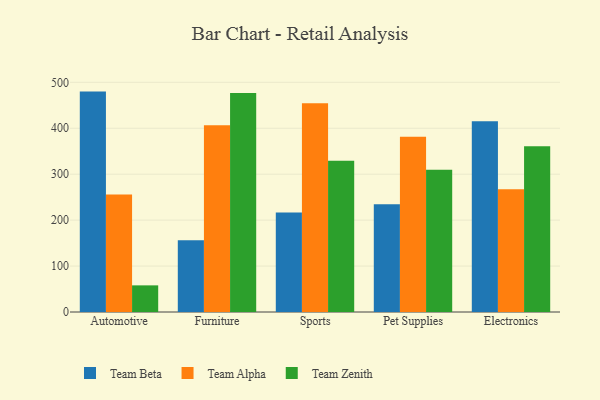
{"axis": {"x": "Category", "y": "Budget (USD K)"}, "legend": ["Team Alpha", "Team Beta", "Team Zenith"], "data": [{"x": "Automotive", "y": 479.8, "type": "Team Beta"}, {"x": "Automotive", "y": 255.6, "type": "Team Alpha"}, {"x": "Automotive", "y": 58.0, "type": "Team Zenith"}, {"x": "Furniture", "y": 156.2, "type": "Team Beta"}, {"x": "Furniture", "y": 406.7, "type": "Team Alpha"}, {"x": "Furniture", "y": 476.5, "type": "Team Zenith"}, {"x": "Sports", "y": 216.6, "type": "Team Beta"}, {"x": "Sports", "y": 454.4, "type": "Team Alpha"}, {"x": "Sports", "y": 329.2, "type": "Team Zenith"}, {"x": "Pet Supplies", "y": 234.4, "type": "Team Beta"}, {"x": "Pet Supplies", "y": 381.5, "type": "Team Alpha"}, {"x": "Pet Supplies", "y": 309.7, "type": "Team Zenith"}, {"x": "Electronics", "y": 415.0, "type": "Team Beta"}, {"x": "Electronics", "y": 267.3, "type": "Team Alpha"}, {"x": "Electronics", "y": 360.9, "type": "Team Zenith"}]}